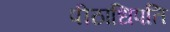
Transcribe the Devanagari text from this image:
पीठाधिपति